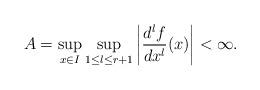
LaTeX: \begin{align*}A=\sup_{x\in I}\sup_{1\leq l\leq r+1}\left|\frac{d^lf}{d x^l}(x)\right|<\infty. \end{align*}